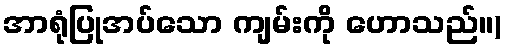
အာရုံပြုအပ်သော ကျမ်းကို ဟောသည်။)